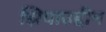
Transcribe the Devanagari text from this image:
झियाउद्दीन